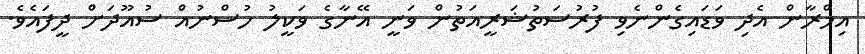
އިމްރާން އެދި ވަޑައިގެންނެވި ފުރުސަތުޝަރީއަތުން ވަނީ އޭނާގެ ވަކީލު ހުސްނުއް ސުއޫދަށް ދީފައެވެ.